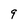
Character: 9